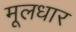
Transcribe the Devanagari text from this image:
मूलधार